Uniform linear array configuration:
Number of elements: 24
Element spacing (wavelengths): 1
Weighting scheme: hann
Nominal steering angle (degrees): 30
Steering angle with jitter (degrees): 28.35
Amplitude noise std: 0.05
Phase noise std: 0.05

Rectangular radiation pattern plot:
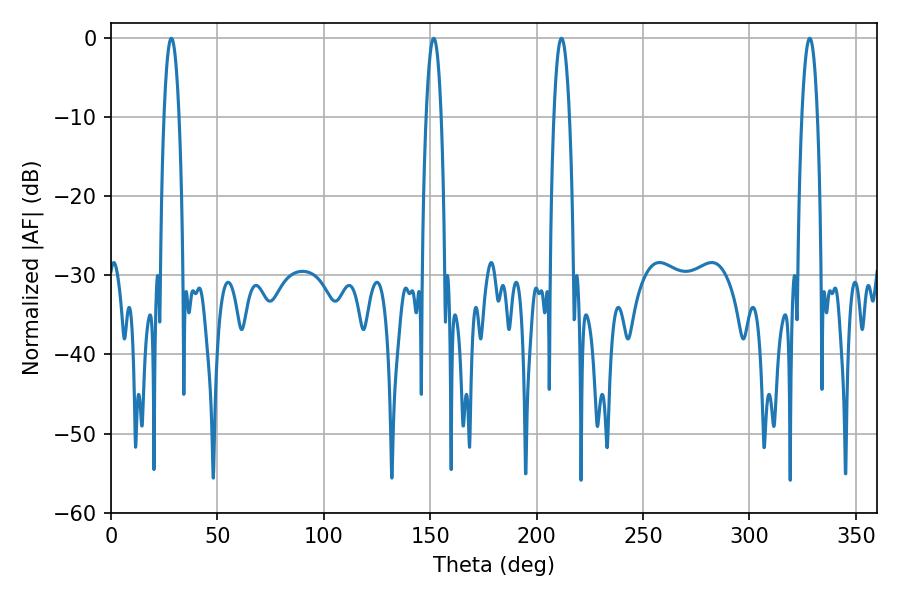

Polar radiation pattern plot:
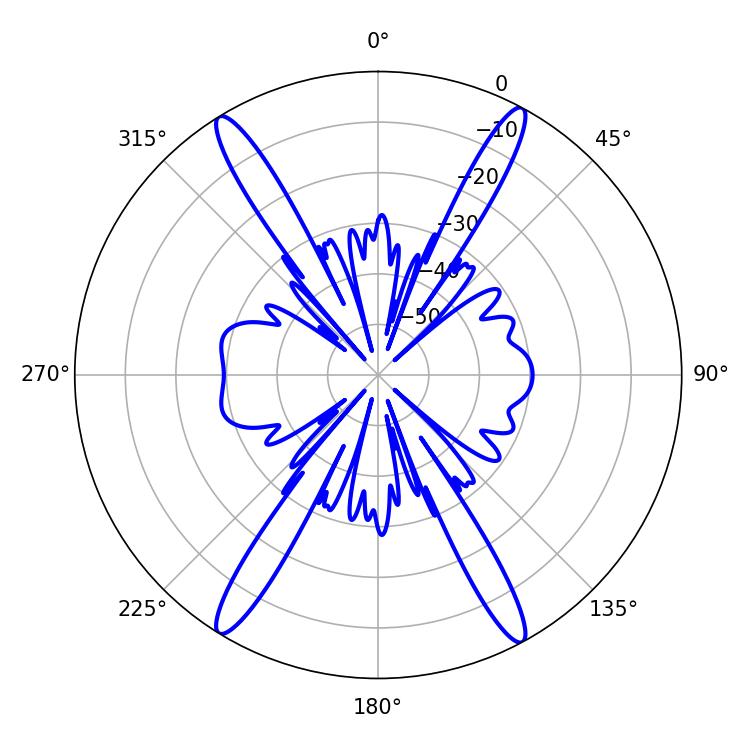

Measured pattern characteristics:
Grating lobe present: TRUE
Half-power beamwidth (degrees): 3.96
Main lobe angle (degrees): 211.68